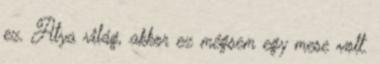
ez. Atya világ, akkor ez mégsem egy mese volt.